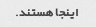
اینجا هستند.